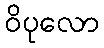
ဝိပုလော